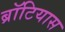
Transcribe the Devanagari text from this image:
ब्रॉटियास